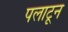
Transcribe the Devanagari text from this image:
पलाटून